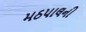
મઠપાલની